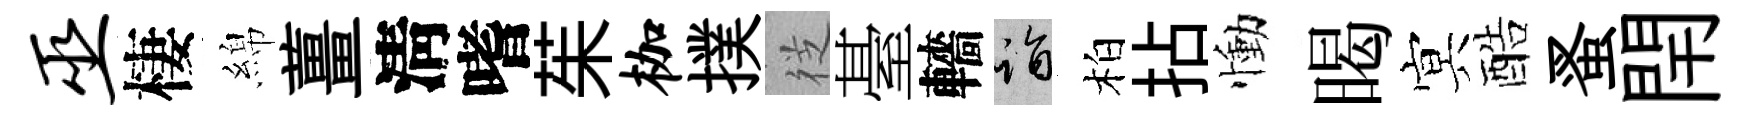
巫棲綿薑淸嗜茱枷撲徔䑓轖诣柏拈慟暍㝠酷蚤閈